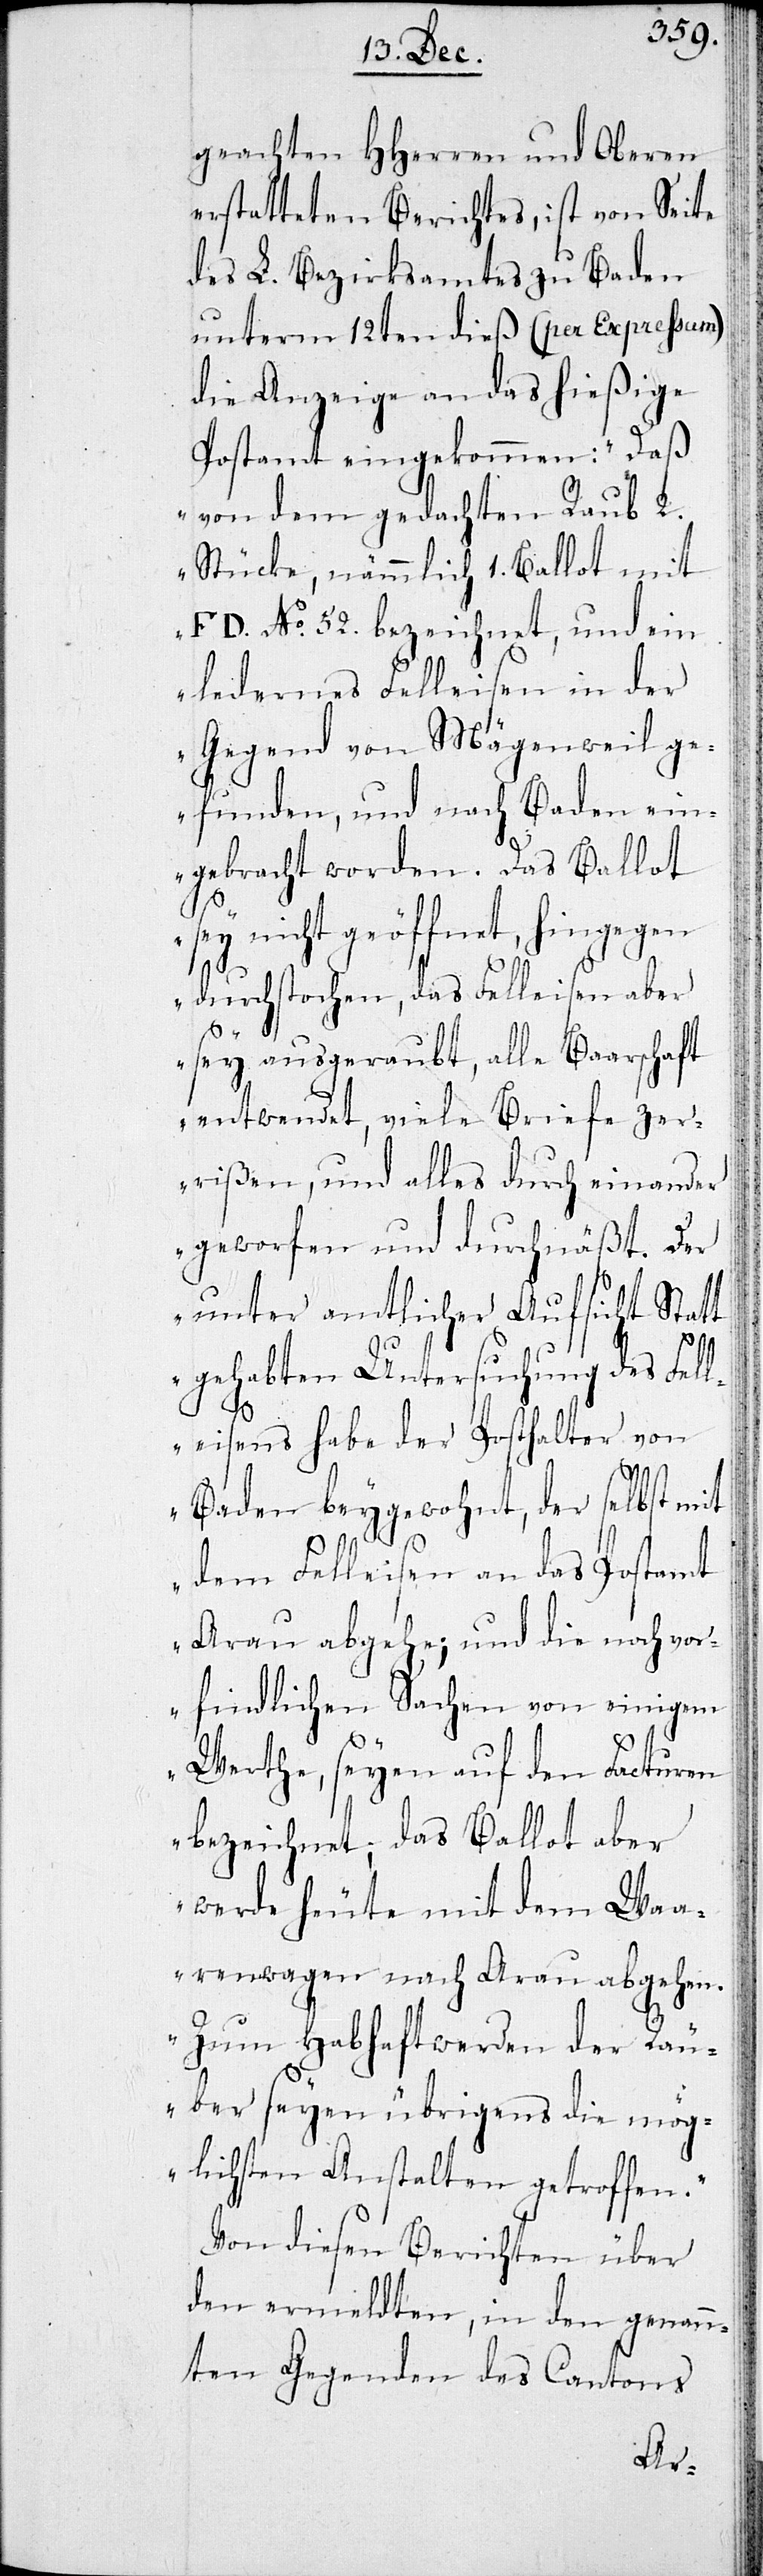
geachten HHerren und Oberen
erstatteten Berichts, ist von Seite
des L. Bezirksamtes zu Baaden
unterm 12ten dieß (per Expreßum)
die Anzeige an das hießige
Postamt eingekommen: „daß
von dem gedachten Raub 2.
Stücke, nämlich 1. Ballot mit
FD. No. 52. bezeichnet, und ein
ledernes Felleisen in der
Gegend von Mägenwil ge¬
funden, und nach Baaden ein¬
gebracht worden. Das Ballot
sey nicht geöffnet, hingegen
durchstochen, daß Falleisen aber
sey ausgeraubt, alle Baarschaft
entwendet, viele Briefe zer¬
rißen, und alles durcheinander
geworfen, und durchnäßt. Der
unter amtlicher Aufsicht Statt
gehabten Untersuchung des Fel¬
leisens habe der Posthalter von
Baaden beygewohnt, der selbst mit
dem Felleisen an das Postamt
Aarau abgehe; und die noch vo¬
rfindlichen Sachen von einigem
Werthe, seyen auf den Facturen
bezeichnet; das Ballot aber
werde heute mit dem Waa¬
renwagen nach Aarau abgehen.
Zum Habhaftwerden der Räu¬
ber seyen übrigens die mög¬
lichsten Anstalten getroffen.“
Von diesen Berichten über
den ermeldten, in den genan¬
nten Gegenden des Cantons